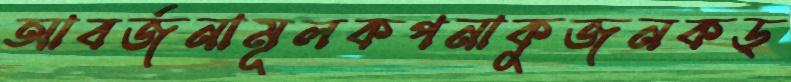
আবর্জনামূলকপনাকুজনকড়্